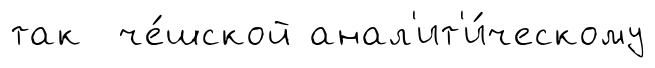
так че́шской анал'ит'и́ческому